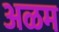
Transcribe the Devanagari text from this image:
अळम